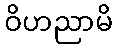
ဝိဟညာမိ